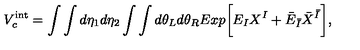
V _ { c } ^ { \mathrm { i n t } } = \int \int d \eta _ { 1 } d \eta _ { 2 } \int \int d \theta _ { L } d \theta _ { R } E x p \biggl [ E _ { I } X ^ { I } + { \bar { E } } _ { \bar { I } } { \bar { X } } ^ { \bar { I } } \biggr ] ,